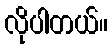
လိုပါတယ်။